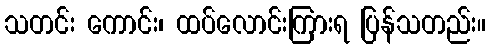
သတင်း ကောင်း၊ ထပ်လောင်းကြားရ ပြန်သတည်း။